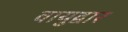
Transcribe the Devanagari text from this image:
वायुद्वार